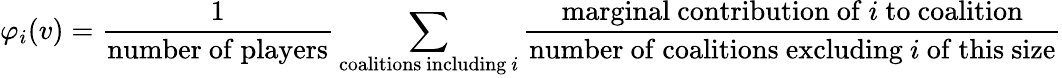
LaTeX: \varphi_{i}(v)={\frac{1}{\mathrm{number~of~players}}}\sum_{{\mathrm{coalitions~including~}}i}{\frac{{\mathrm{marginal~contribution~of~}}i{\mathrm{~to~coalition}}}{{\mathrm{number~of~coalitions~excluding~}}i{\mathrm{~of~this~size}}}}